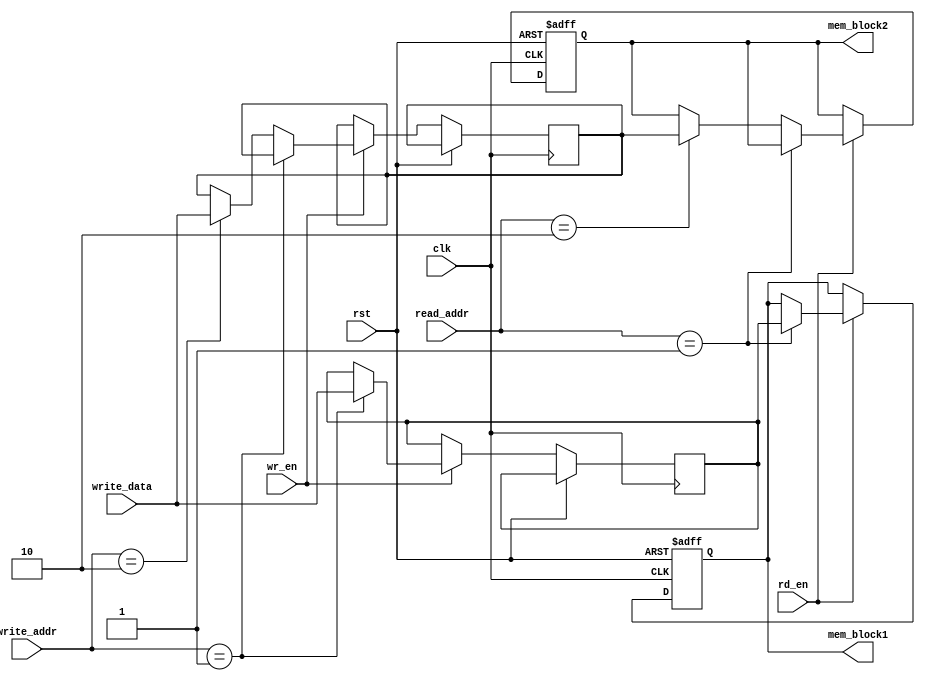
module MemoryBlocksShadowRegisterFile (
    input wire clk,
    input wire rst,
    
    // Memory block instances
    output reg [31:0] mem_block1,
    output reg [31:0] mem_block2,
    
    // Address inputs for read and write operations
    input wire [3:0] read_addr,
    input wire [3:0] write_addr,
    
    // Data inputs for write operations
    input wire [31:0] write_data,
    
    // Control signals
    input wire wr_en,
    input wire rd_en
);

// Default value of register blocks
reg [31:0] mem_block1_reg = 32'h00000000;
reg [31:0] mem_block2_reg = 32'h00000000;

always @ (posedge clk or posedge rst) begin
    if (rst) begin
        mem_block1 <= 32'h00000000;
        mem_block2 <= 32'h00000000;
    end else begin
        if (wr_en) begin
            if (write_addr == 4'h1) begin
                mem_block1_reg <= write_data;
            end else if (write_addr == 4'h2) begin
                mem_block2_reg <= write_data;
            end
        end
        if (rd_en) begin
            if (read_addr == 4'h1) begin
                mem_block1 <= mem_block1_reg;
            end else if (read_addr == 4'h2) begin
                mem_block2 <= mem_block2_reg;
            end
        end
    end
end

endmodule